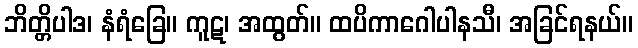
ဘိတ္တိပါဒ၊ နံရံခြေ။ ကူဋ၊ အထွတ်။ ထပိကာဂေါပါနသီ၊ အခြင်ရနယ်။